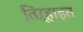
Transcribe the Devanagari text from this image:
तिऱ्हाइत